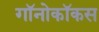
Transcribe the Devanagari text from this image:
गॉनोकॉकस